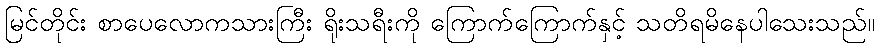
မြင်တိုင်း စာပေလောကသားကြီး ရိုးသရီးကို ကြောက်ကြောက်နှင့် သတိရမိနေပါသေးသည်။